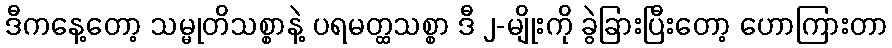
ဒီကနေ့တော့ သမ္မုတိသစ္စာနဲ့ ပရမတ္ထသစ္စာ ဒီ ၂-မျိုးကို ခွဲခြားပြီးတော့ ဟောကြားတာ